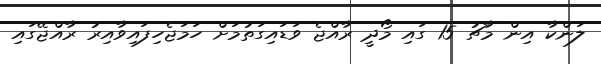
ލަންކާ އިން މާޗު 15 ގައި މޯދީ ރާއްޖެ ވަޑައިގަތުމަށް ހަމަޖެހިފައިވާއިރު ރާއްޖޭގައި